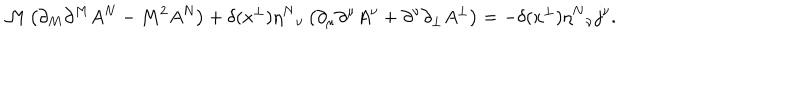
\mathcal { M } \left( \partial _ { M } \partial ^ { M } A ^ { N } - M ^ { 2 } A ^ { N } \right) + \delta ( x ^ { \perp } ) \eta ^ { N } { } _ { \nu } \left( \partial _ { \mu } \partial ^ { \mu } A ^ { \nu } + \partial ^ { \nu } \partial _ { \perp } A ^ { \perp } \right) = - \delta ( x ^ { \perp } ) \eta ^ { N } { } _ { \nu } j ^ { \nu } .